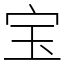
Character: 宝